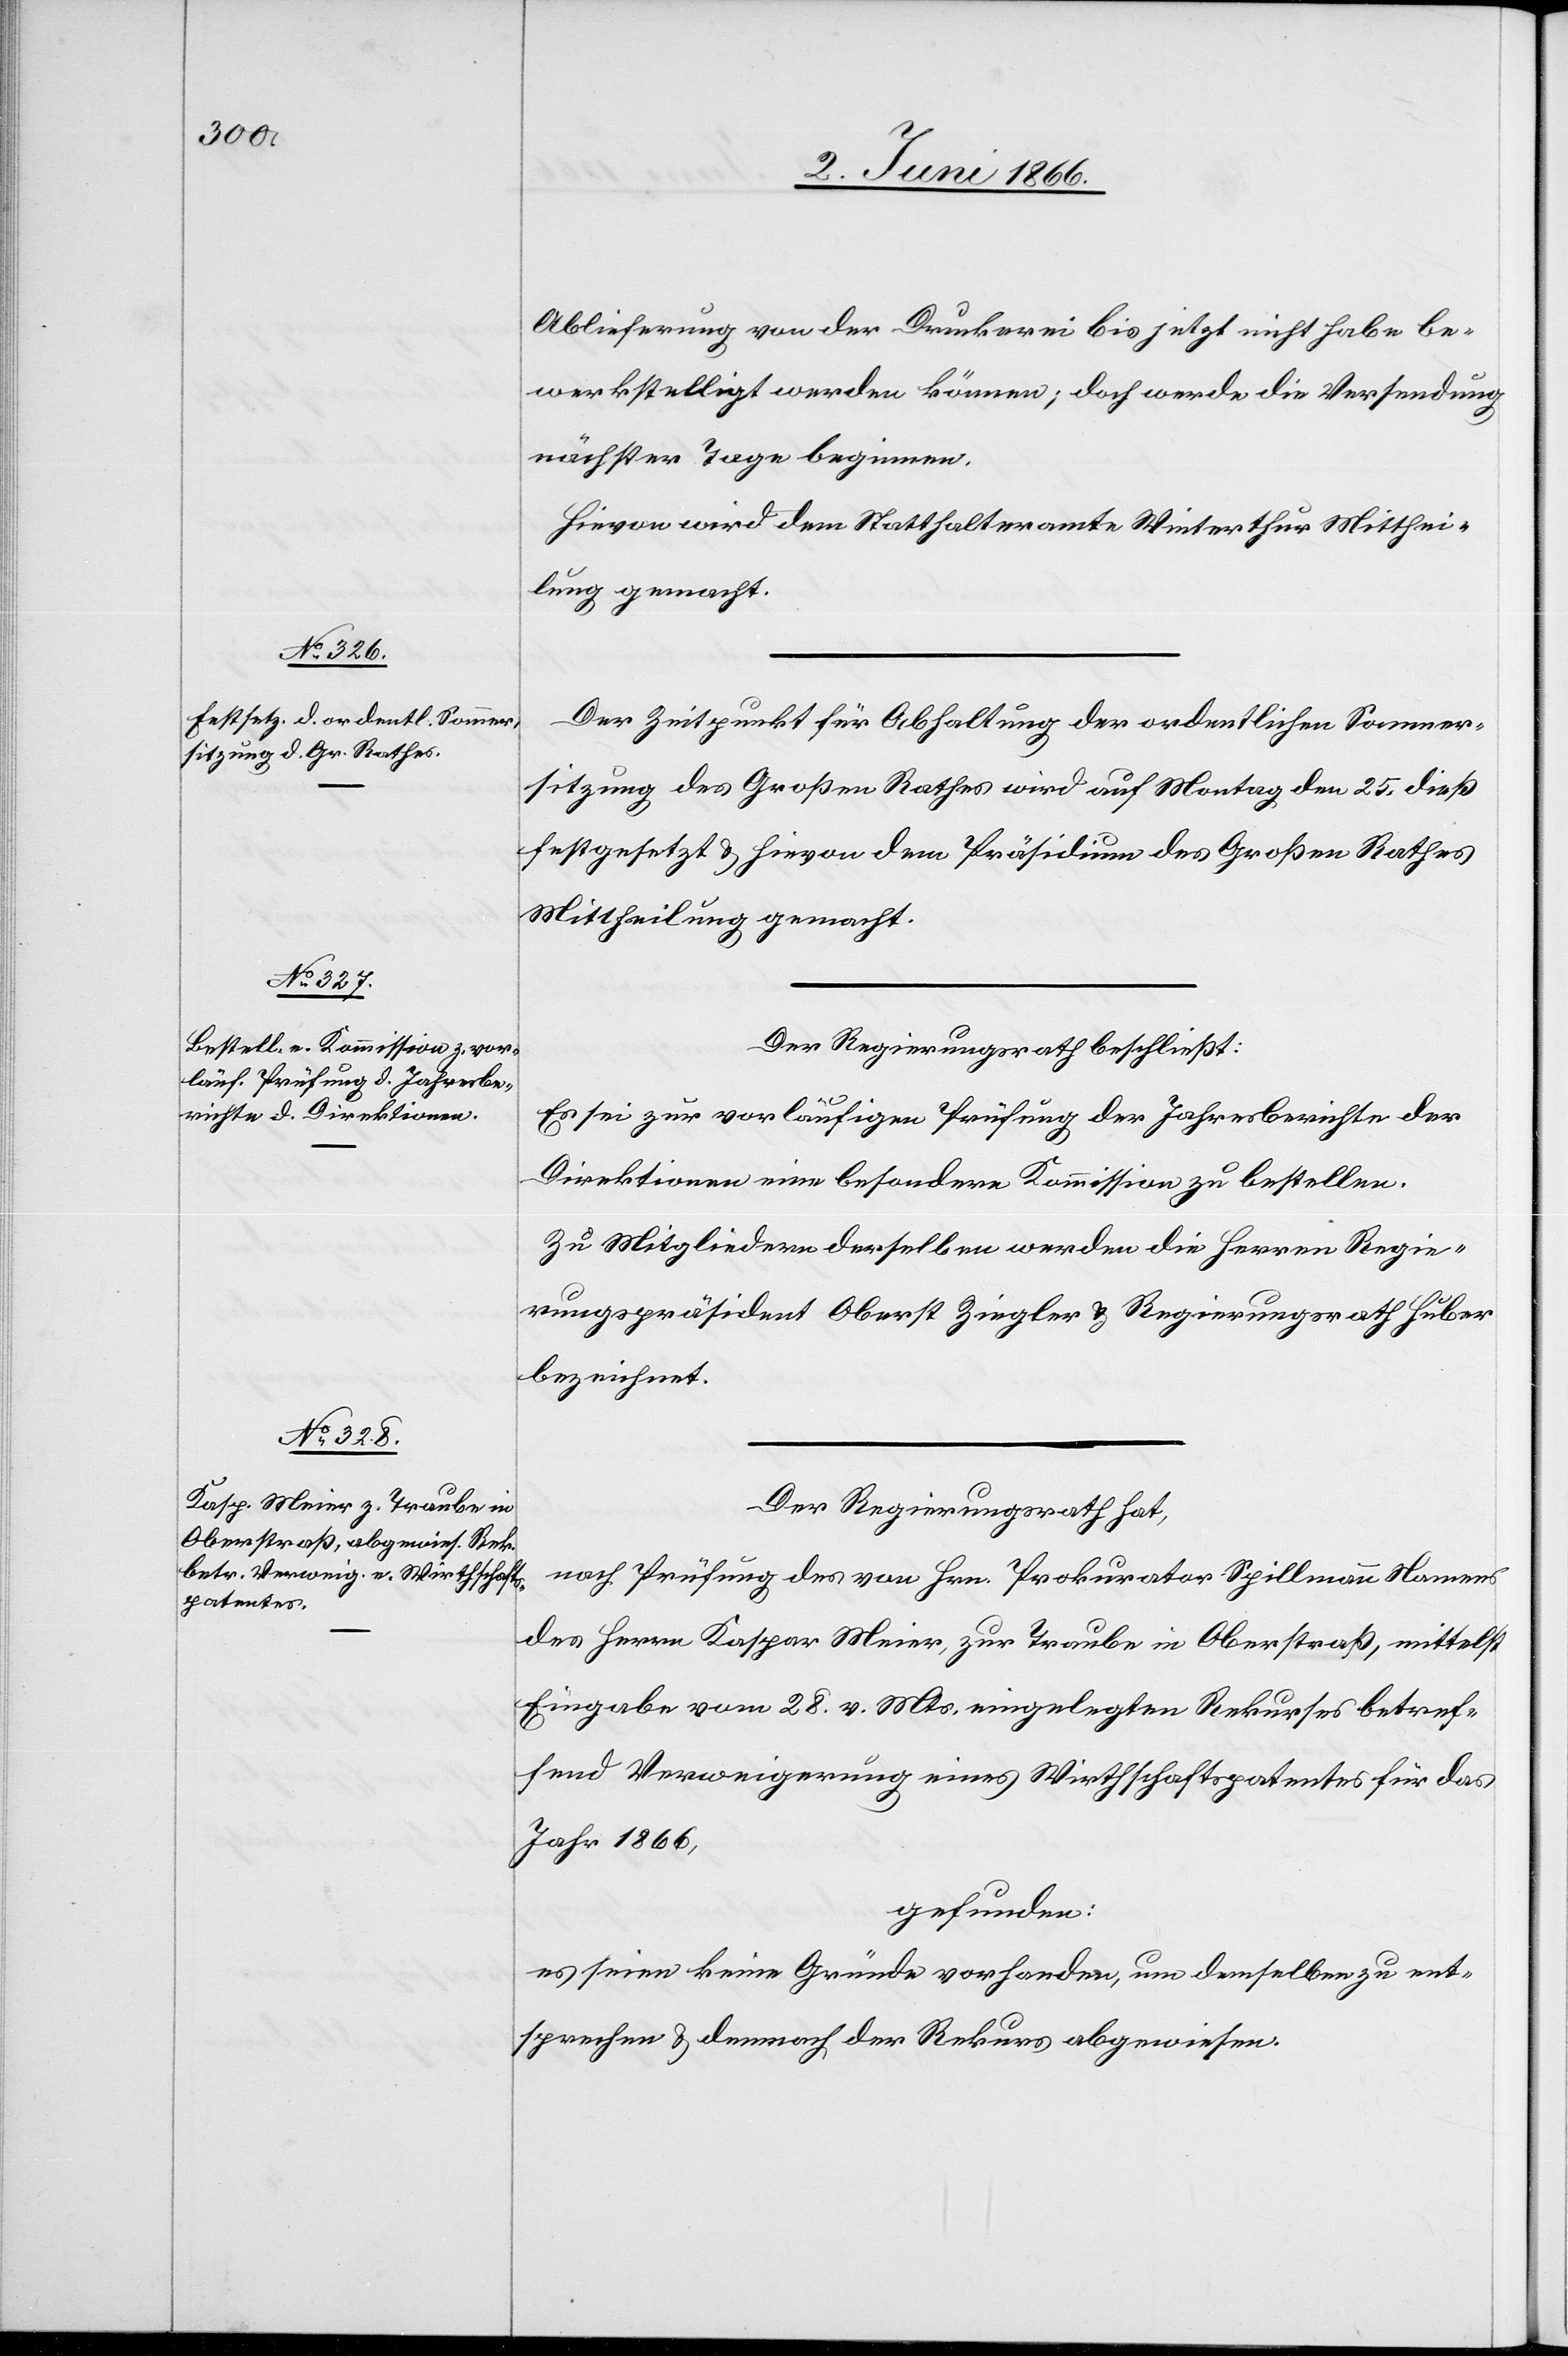
Ablieferung von der Druckerei bis jetzt nicht habe be¬
werkstelligt werden können, doch werde die Versendung
nächsten Tage beginnen.
Hievon wird dem Statthalteramte Winterthur Mitthei¬
lung gemacht.
Der Zeitpunkt für Abhaltung der ordentlichen Sommer¬
sitzung des Großen Rathes wird auf Montag den 25. dieß
festgesetzt u. hievon dem Präsidium des Großen Rathes
Mittheilung gemacht.
Der Regierungsrath beschließt:
Es sei zur vorläufigen Prüfung der Jahresberichte der
Direktionen eine besondere Kommission zu bestellen.
Zu Mitgliedern derselben werden die Herren Regie¬
rungspräsident Oberst Ziegler u. Regierungsrath Huber
bezeichnet.
Der Regierungsrath hat,
nach Prüfung des von Hrn Prokurator Spillmann Namens
des Herrn Kaspar Meier, zur Traube in Oberstraß, mittelst
Eingabe vom 28. v. Mts. eingelegten Rekurses betref¬
fend Verweigerung eines Wirthschaftspatentes für das
Jahr 1866,
gefunden:
es seien keine Gründe vorhanden, um demselben zu ent¬
sprechen u. demnach der Rekurs abgewiesen.